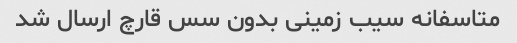
متاسفانه سیب زمینی بدون سس قارچ ارسال شد